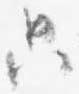
只